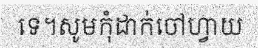
ទេ។សូមកុំដាក់ចៅហ្វាយ